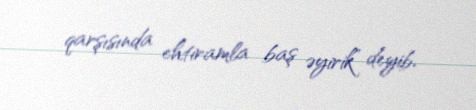
qarşısında ehtiramla baş əyirik” deyib.